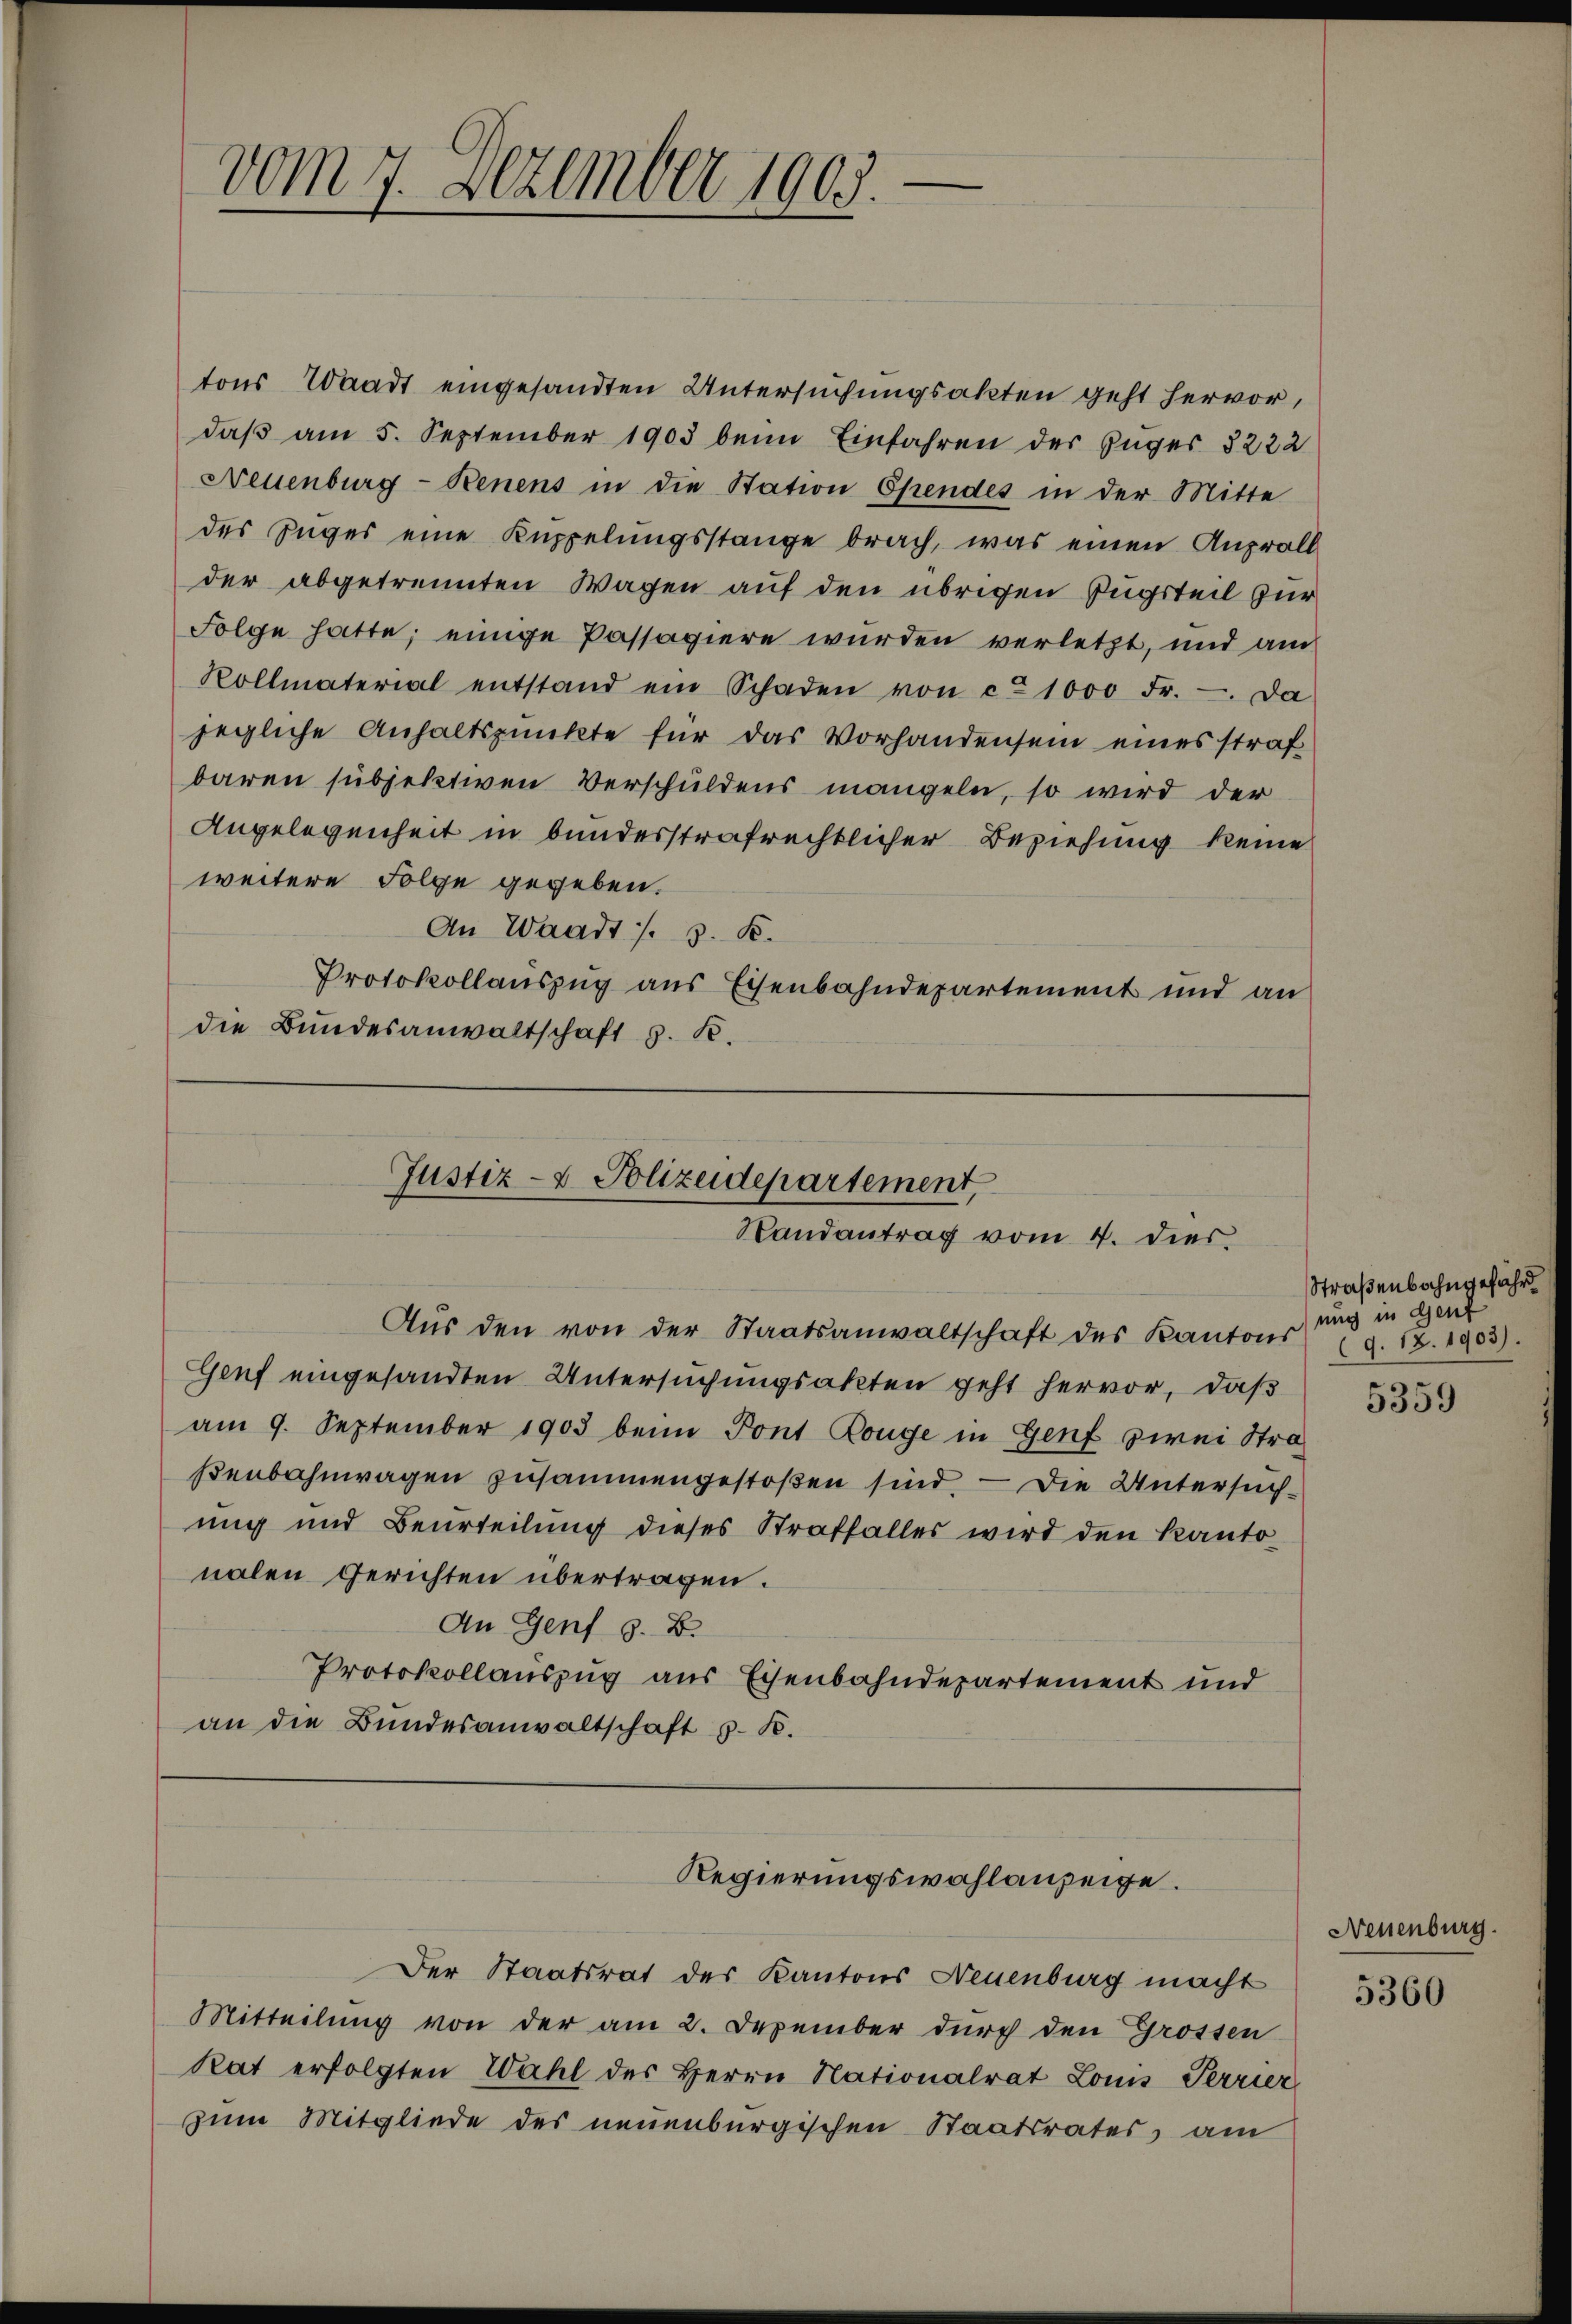
vom 7. Dezember 1903.

tons Waadt eingesandten Untersuchungsakten geht hervor,
daß am 5. September 1903 beim Einfahren der Juger 3222
Neuenburg - Benens in die Station Ependes in der Mitte
des Zuges eine Kuppelungsstange brach, was einen Anprall
der abgetrennten Wagen auf den übrigen Zugsteil zur
Folge hatte; einige Passaviere wurden verletzt, und am
Rollmaterial entstand ein Schaden von ca 1000 Fr. - Da
jegliche Anhaltspunkte für das Vorhandensein eines straf
baren subjektiven Verschuldens mangeln, so wird der
Angelegenheit in bunderstrafrechtlicher Beziehung keine
weitere Folge gegeben.
An Waadt s. z. B.
Protokollauszug aus Eisenbahndepartement und an
die Bundesanwaltschaft z. R.

Justiz- & Polizeidepartement,
Randantrag vom 4. dies

Regierungswahlanzeige.

Aŭs den von der Staatsanwaltschaft des Kantons (S. 12. 1903).
Genf eingesandten Untersuchungsakten geht hervor, daß
am 9. September 1903 beim Pont Rouge in Genf zwei Straßenbahnwagen zusammengestoßen sind. — Die Untersuchung und Beurteilung dieses Straffalles wird den Kanto
nalen Gerichten übertragen.
An Genf z. B.
Protokollauszug aus Eisenbahndepartement und
an die Bundesanwaltschaft z. B.

Der Staatsrat des Kantons Neuenburg macht
Mitteilung von der am 2. Dezember durch den Grossen
Rat erfolgten Wahl des Herrn Nationalrat Louis Terrier
zum Mitgliede des neuenburgischen Staatsrates, am

Straßenbahngefähr
uug in Genf

5359

Neuenburg

5360